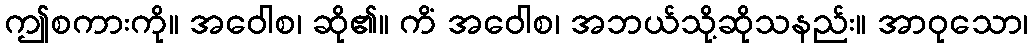
ဤစကားကို။ အဝေါစ၊ ဆို၏။ ကိံ အဝေါစ၊ အဘယ်သို့ဆိုသနည်း။ အာဝုသော၊